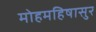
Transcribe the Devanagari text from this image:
मोहमहिषासुर